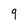
Character: 9